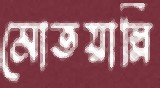
মোতয়াল্লি